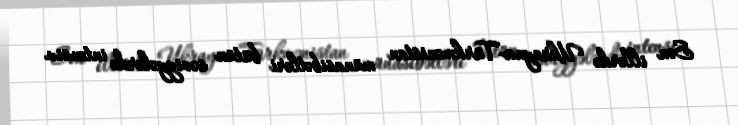
Son illərdə Ukrayna-Türkmənistan münasibətləri bütün səviyyələrdə intensiv